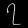
Digit: ၇